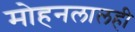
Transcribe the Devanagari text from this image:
मोहनलालही